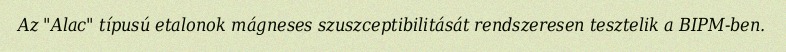
Az "Alac" típusú etalonok mágneses szuszceptibilitását rendszeresen tesztelik a BIPM-ben.